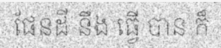
ផែនដី នឹង ធ្វើ បាន ក៏